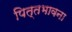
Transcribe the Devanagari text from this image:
पित्तभावना